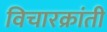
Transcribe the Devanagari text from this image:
विचारक्रांती